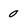
Character: 0